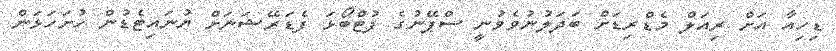
ޑިހިއާ އަށް ރިއަލް މެޑްރިޑަށް ބަދަލުނުވެވުނީ ސްޕޭނުގެ ފުޓްބޯޅަ ފެޑަރޭޝަނަށް ޔުނައިޓެޑުން ހުށަހަޅަން